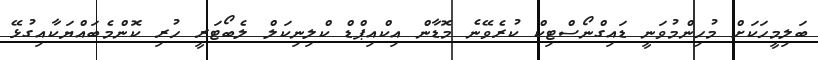
ބަލިމީހަކަށް މުހިންމުވަނީ ޑައިގްނޯސްޓިކް ކުރެވޭނެ މޮޑާން އިކްއިޕްޑް ކްލިނިކަލް ލެބޯޓަރީ ހުރި ކޮންމެބައްޔަކާއިގުޅޭ